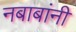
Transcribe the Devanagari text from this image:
नबाबांनी